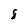
Character: 8